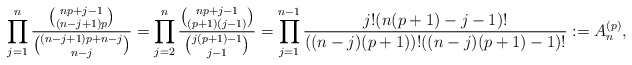
\begin{gather*}\prod_{j=1}^{n} {{{ np+j-1 \choose (n-j+1)p}} \over {{(n-j+1)p+n-j \choose n-j}}}={\prod_{j=2}^{n} {{np+j-1 \choose (p+1)(j-1)} \over {j(p+1)-1 \choose j-1}} =\prod_{j=1}^{n-1} {j ! (n(p+1) -j -1) ! \over ((n-j)(p+1)) ! ((n-j)(p+1)-1) !}}:=A_{n}^{(p)},\end{gather*}